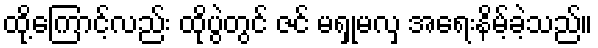
ထို့ကြောင့်လည်း ထိုပွဲတွင် ဇင် မရှုမလှ အရေးနိမ့်ခဲ့သည်။